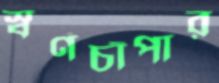
স্বর্ণচাঁপার